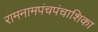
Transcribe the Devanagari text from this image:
रामनामपंचपंचाशिका